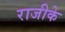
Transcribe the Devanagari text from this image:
राजीके